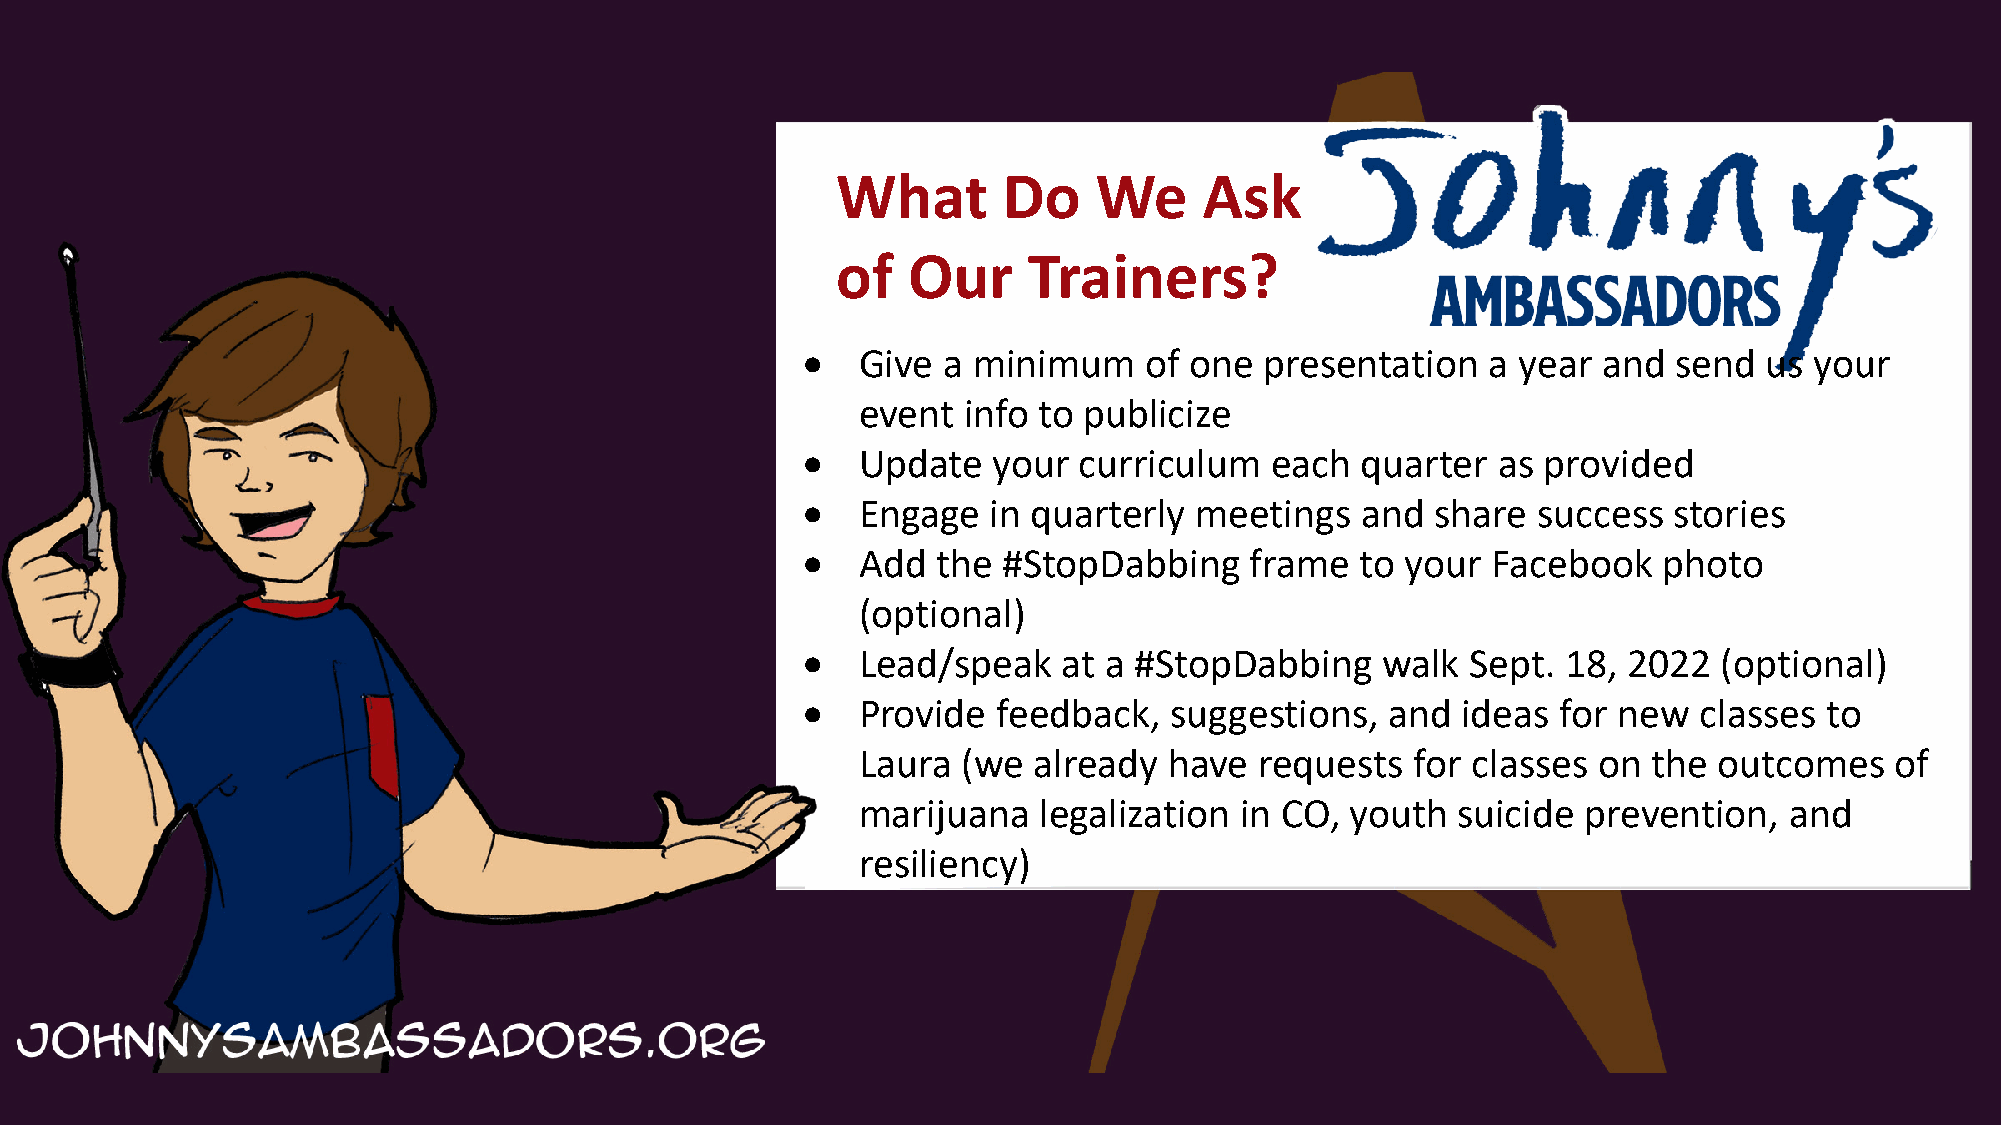
What       Do     We     Ask
 of   Our     Trainers?
 •   Give a minimum     of one  presentation   a year and  send  us your
 event  info to publicize
 •   Update   your curriculum   each  quarter  as provided
 •   Engage  in quarterly  meetings   and  share  success  stories
 •   Add  the #StopDabbing     frame  to your  Facebook   photo
 (optional)
 •   Lead/speak   at a #StopDabbing    walk  Sept.  18, 2022  (optional)
 •   Provide  feedback,  suggestions,   and  ideas for new  classes  to
 Laura  (we already  have  requests   for classes on the  outcomes   of
 marijuana   legalization in CO, youth  suicide  prevention,  and
 resiliency)